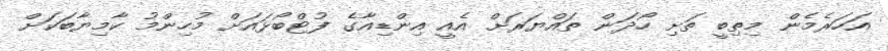
އަހަރެމެން މިތިބީ ތަށި ހޯދަން ތައްޔަރަށް އެއީ އިންޑިއާގެ ފުޓްބޯޅައަށް މުހިންމު ކާމިޔާބަކަށް